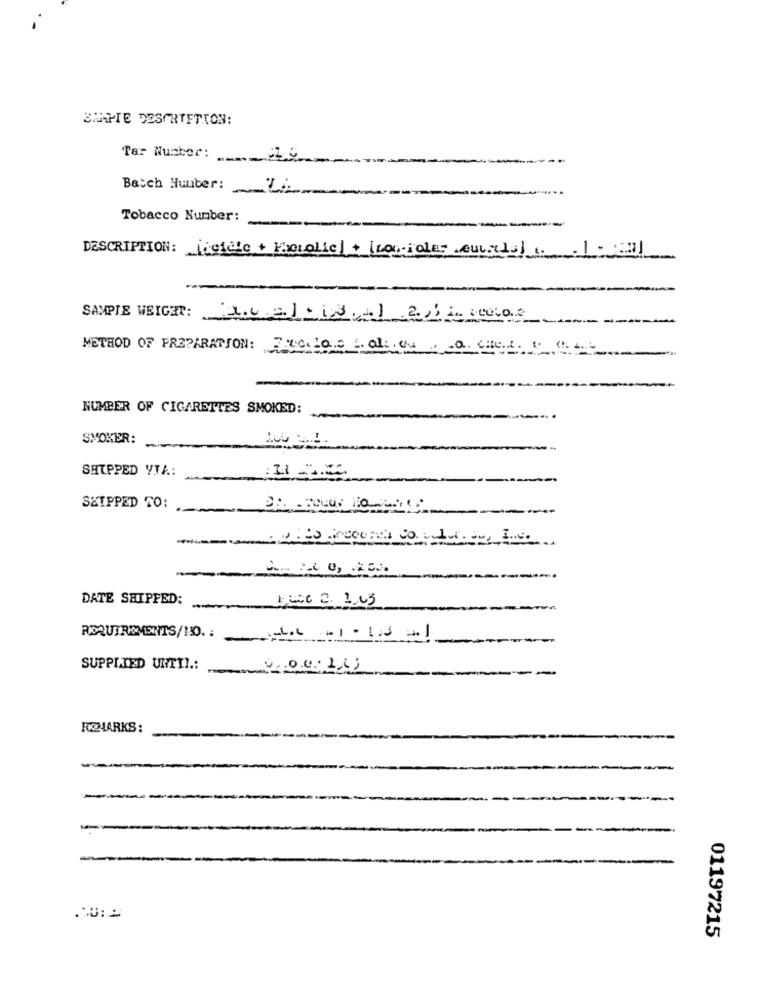
BAAPTE DESCRIPTION:
Tar Number:
Batch Number:
Tobacco Number:
DESCRIPTION: [cefale + Photolie]+ [coupole" eucals) 1 1: 41
SAMPIE WEIGHT:
METHOD OF PREPARATION: Freitas Lol: on; a CHILL :
NUMBER OF CIGARETTES SMOKED:
SMOKER:
SHIPPED VTA:
SETPPED TO:
--
DATE SHIPPED:
whose 2. 1.03
REQUIREMENTS/10. :
SUPPLIED UNTTI .:
-400.1.43
ROMARKS :
01197215